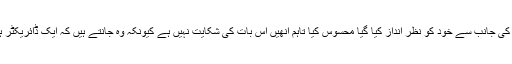
شاہد کپور نے فلم ’رنگون‘ کے سیٹ پر وشال بھردواج کی جانب سے خود کو نظر انداز کیا گیا محسوس کیا تاہم انھیں اس بات کی شکایت نہیں ہے کیونکہ وہ جانتے ہیں کہ ایک ڈائریکٹر ہونے کے ناطے وہ کئی چیزوں میں الجھے ہوئے تھے۔